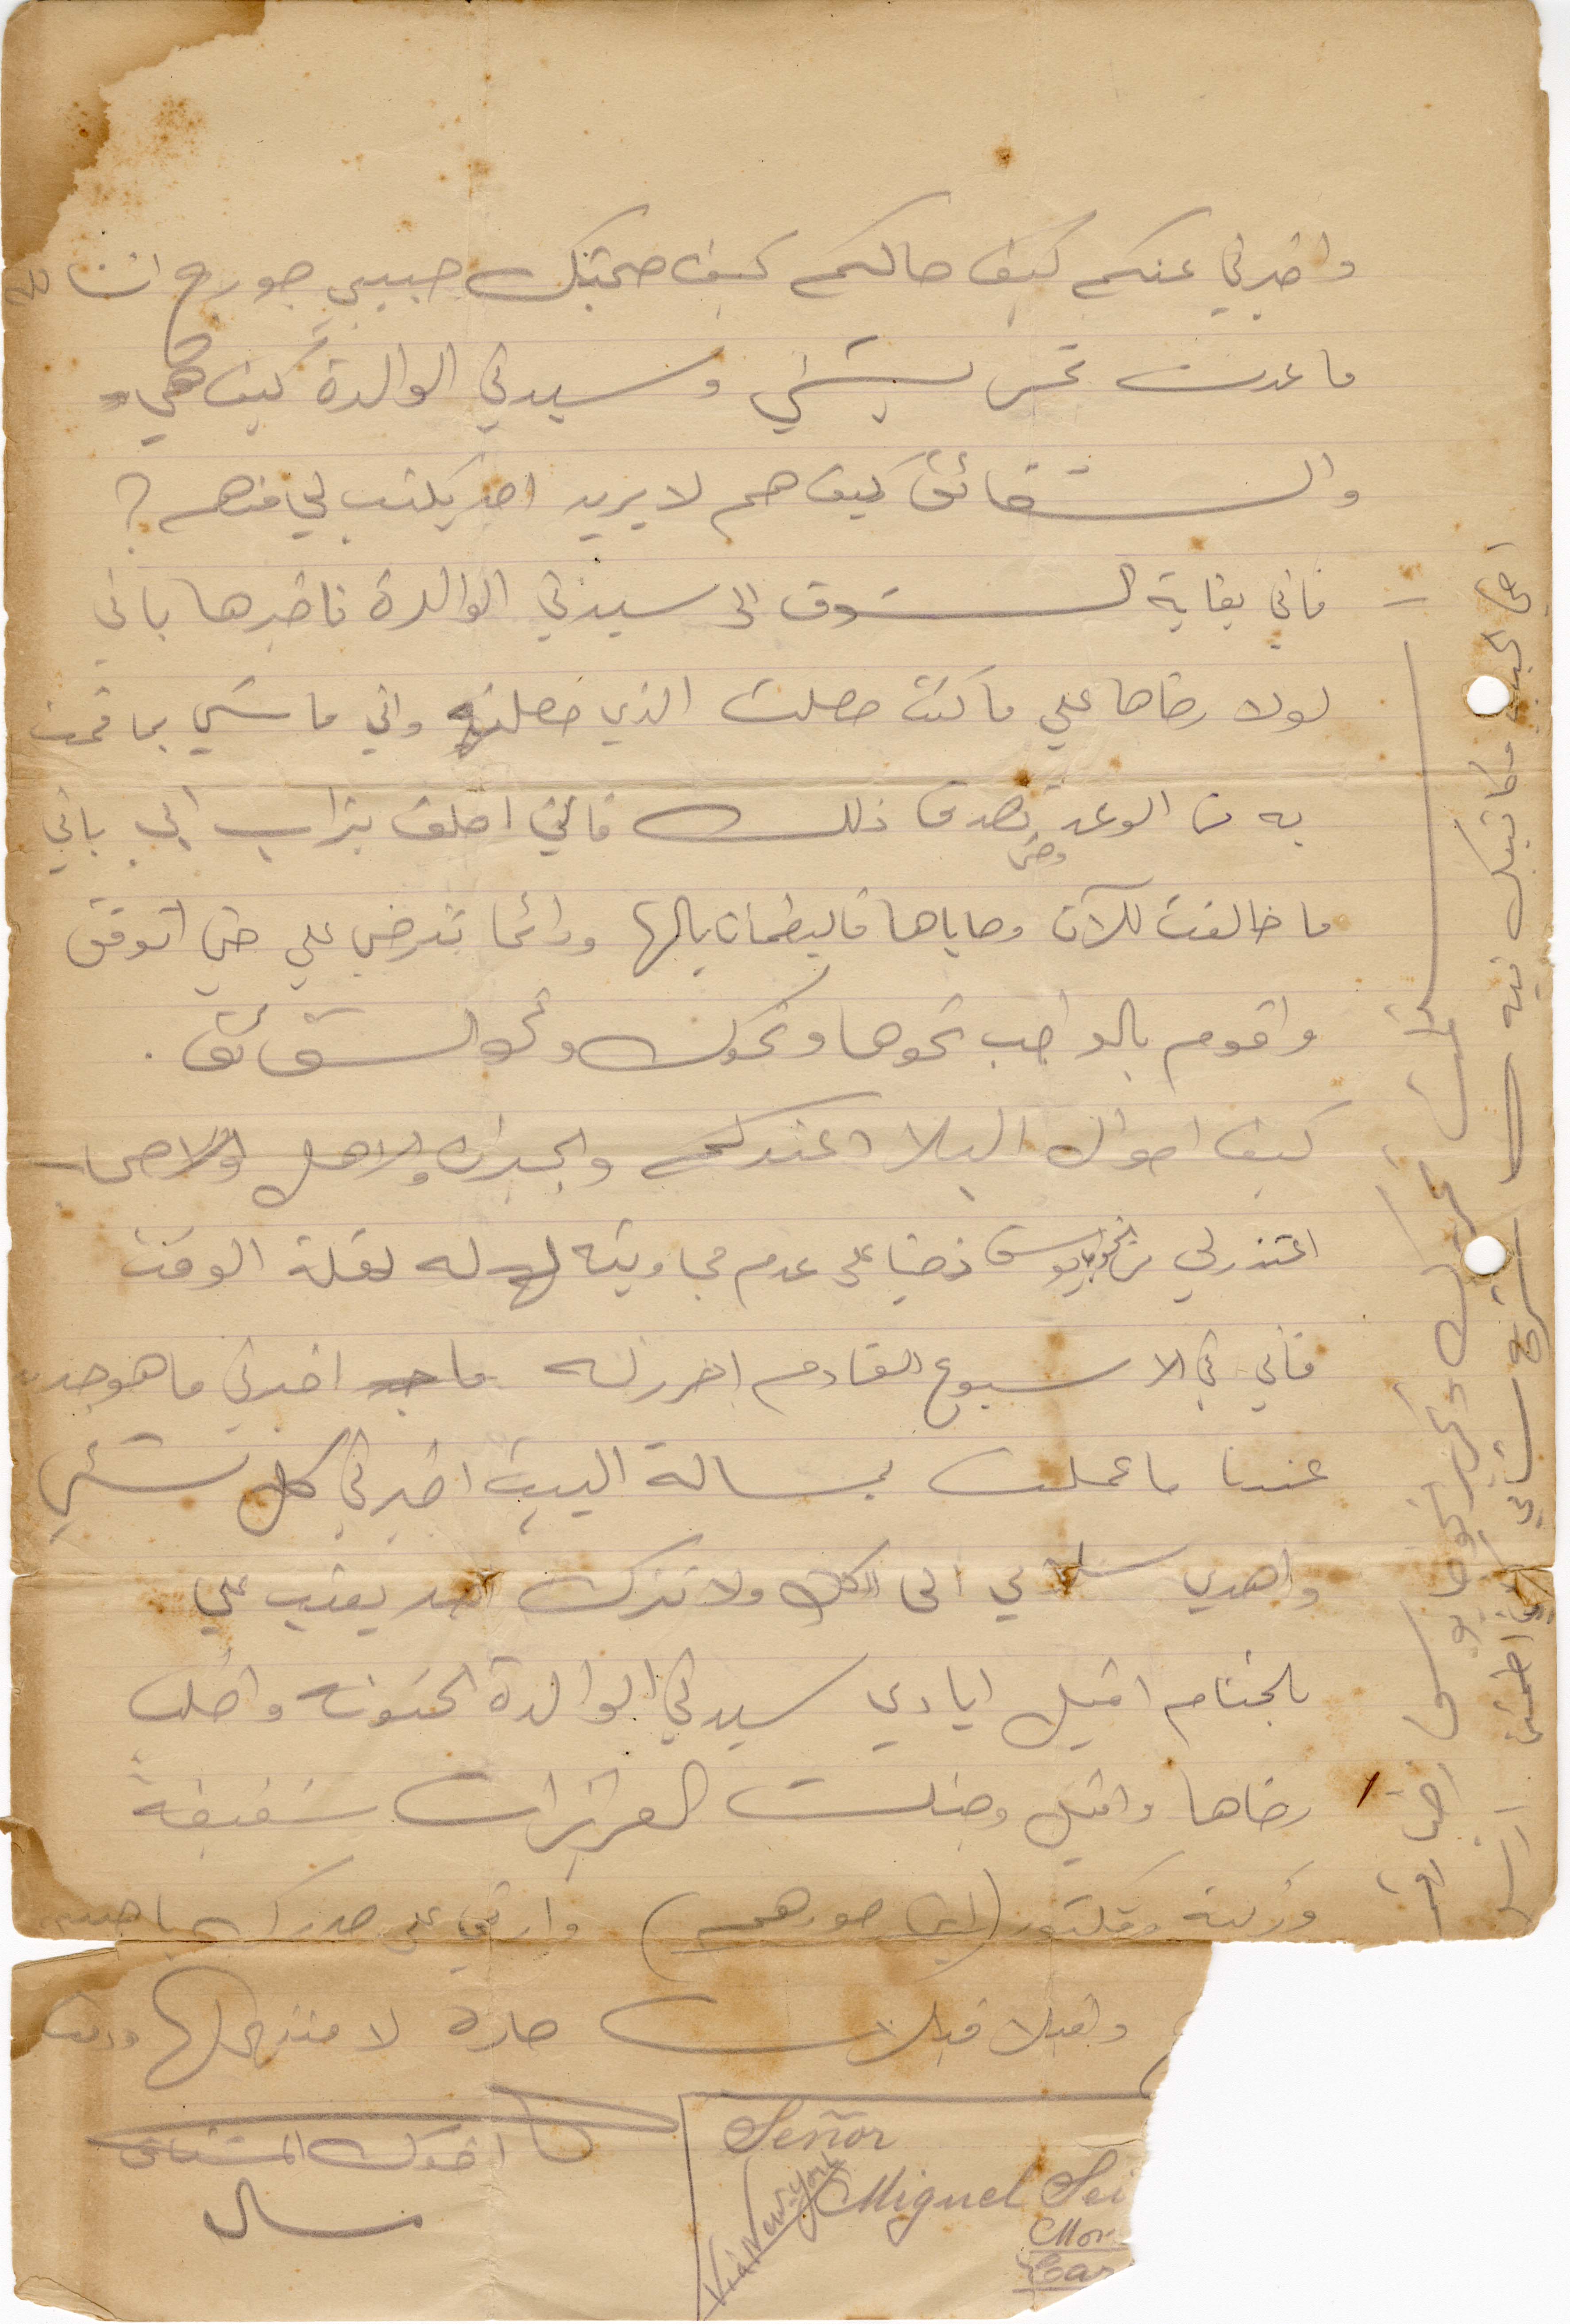
واخبرني عنكم كيف حالكم كيف صحتكم حبيبي جورج انشالله
ما عدت تحس بشيء وسيدتي الوالدة كيف هي
والشقائق كيف هم لا يريد احد يكتب لي منهم؟
فاني بغاية الشوق الى سيدتي الوالدة فاخبرها باني
لولا رضاها علي ما كنت حصلت الذي حصلته واني ماشي بما قمت
به من الوعد بصدق ذلك فاني احلف بتراب ابي بأني
ما خالفت للآن وصاياها فليطمأن بالها ودائمًا ترضى علي حتى اتوفق
واقوم بالواجب نحوها ونحوك ونحو الشقائق.
كيف أحوال البلاد عندكم والجيران والاهل والاصحاب.
اعتذر لي من الخواجا يوسف زخيا على عدم مجاوبته له لقلة الوقت
فاني في الأسبوع القادم احرر له ما اخبرني ما هو جديد
عندما ما عملت بمسألة البين ابرني كل شيء
واهدي سلامي الى الكل ولا تترك احد يعتب علي
بالختام اقبل ايادي سيدتي الوالدة الحنونة واطلب
رضاها واقبل وجنات العزيزات شفيقة
وزكية وفكتوريا (اين صورهم) وارتمي على صدرك أيها الحبيب
اقبل قبلات حارة لا منتهى لها
اخوك ميشال